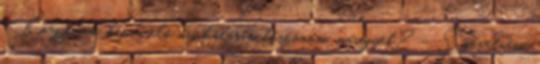
– Köszönöm, képviselő úr, hálásan köszönöm, másegyéb? – Szeretném,